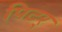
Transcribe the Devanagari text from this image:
पिटर्